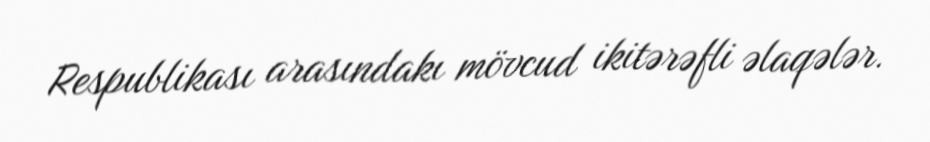
Respublikası arasındakı mövcud ikitərəfli əlaqələr.